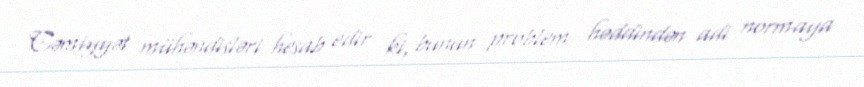
Cəmiyyət mühəndisləri hesab edir ki, bunun problem həddindən adi normaya